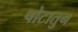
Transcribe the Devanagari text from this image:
पोटातुन